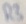
Text: R2